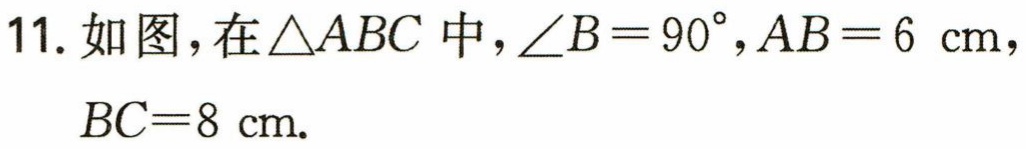
11. 如图，在\(\triangle ABC\)中，\(\angle B = 90^{\circ},AB = 6\mathrm{cm}\)，\(BC = 8\mathrm{cm}\).